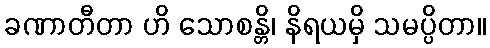
ခဏာတီတာ ဟိ သောစန္တိ၊ နိရယမှိ သမပ္ပိတာ။